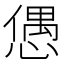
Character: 𢠙